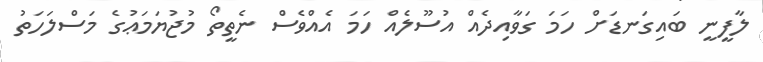
ލާފީނީ ބައިގަނޑަށް ހަމަ ގަވާއިދެއް އުސޫލެއް ހަމަ އެއްވެސް ނެތީތޯ މުޖުޔަމަޢުގެ މަސްލަހަތު